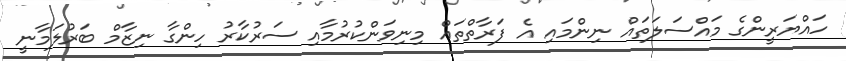
ހައްޔަރީންގެ މައްސަލަތައް ނިންމައި އެ ފަރާތްތައް މިނިވަންކުރުމާއި ސަރުކާރު ހިންގާ ނިޒާމް ބަރުލަމާނީ